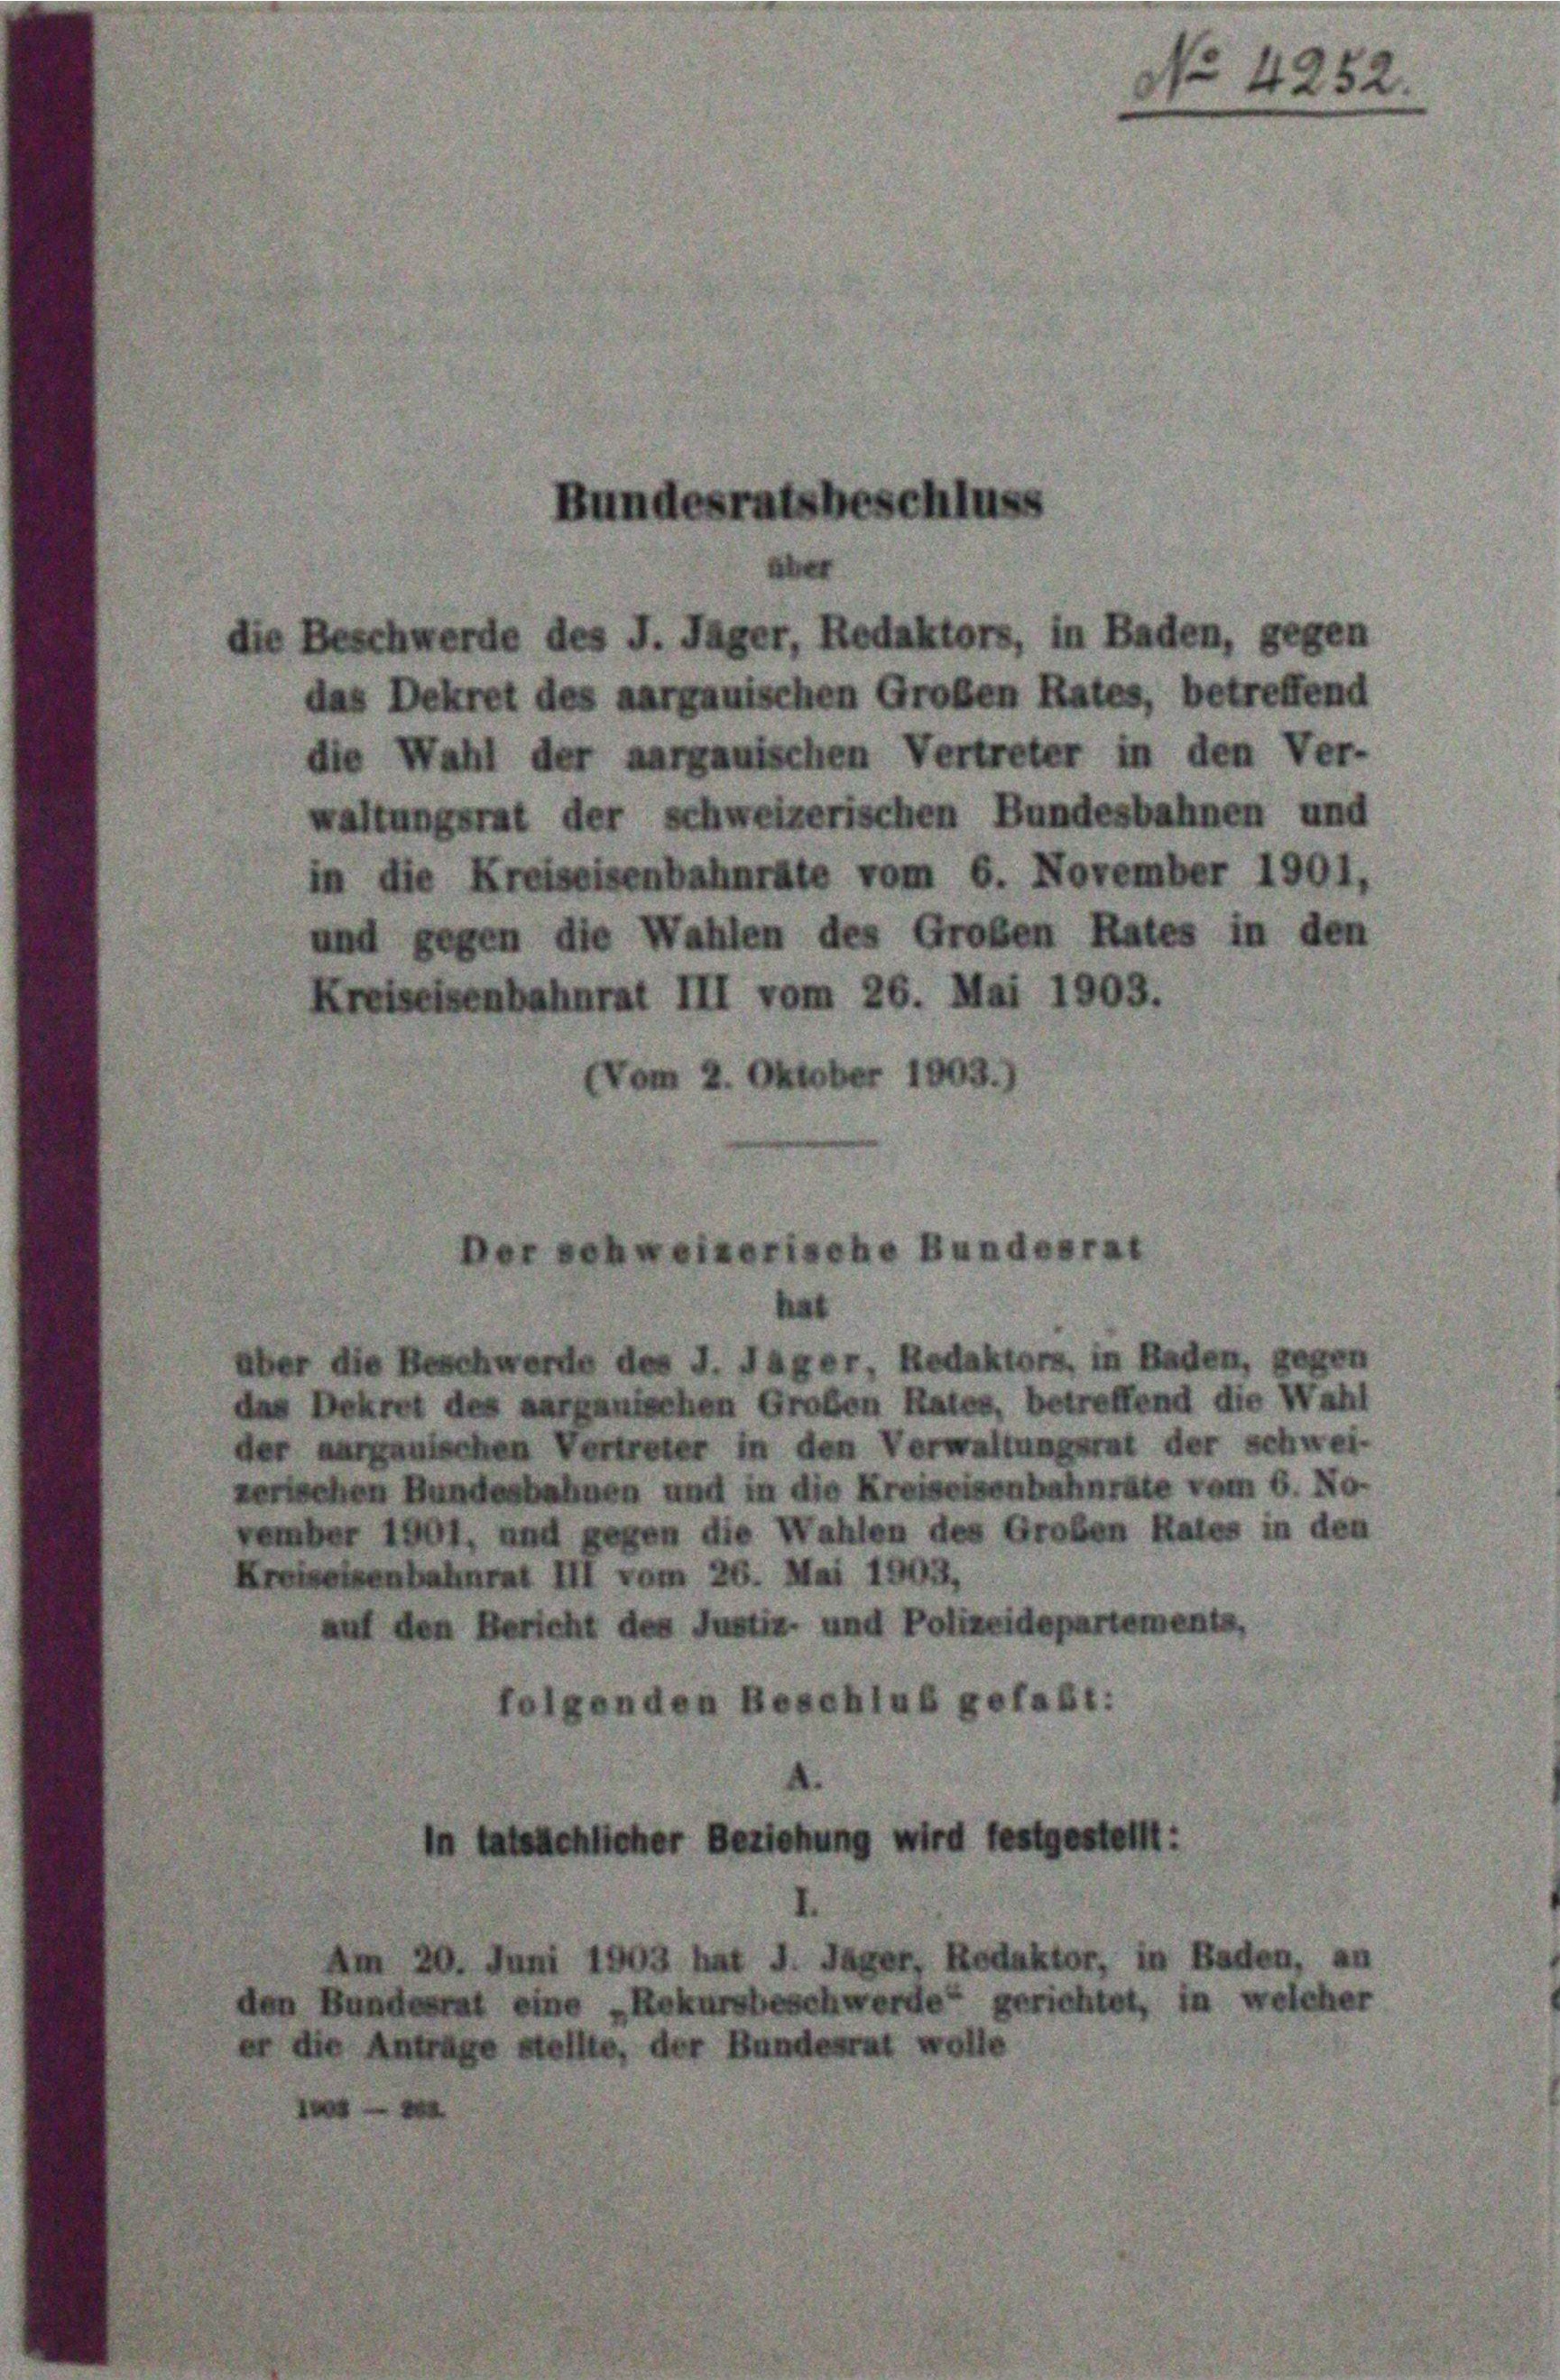
die

er die Beschwerde des J. Jäger, Redaktors, in Baden, gegen
das Dekret des aarganischen Großen Rates, betreffend die Wahl
der aargauischen Vertreter in den Verwaltungsrat der schwei-

das Dekret des aargauischen Großen Rates, betreffend
te Wahl der aargauischen Vertreter in den Ver-
altungsrat der schweizerischen Bundesbahnen und
n die Kreiseisenbahnrate vom 6. November 1901,
and gegen die Wahlen des Großen Rates in den
Kreiseisenbahnrat III vom 26. Mai 1903.
(Vom 2. Oktober 1809.

Bundesratsbeschluss
Beschwerde des J. Jager, Redaktors, in Baden, gegen

r schweizerische Bundesrat

rschen Bundesbahnen und in die Kreiseisenhahnrate vom 6. No.
ember 1901, und gegen die Wahlen des Großen Rates in den
Kreiseisenbahnrat III vom 26. Mai 1903,
auf den Bericht des Justiz- und Polizeidepartements
folgenden Beschluß gefaßt:
in tatsächlicher Beziehung wird festgestellt:

20. Juni 1903 hat J. Jager, Redaktor, in Baden, an
ten Bundesrat eine „Rekursbeschwerde“ gerichtet, in welcher
die Antrage stellte, der Bundesrat wolle

No 4252.